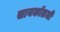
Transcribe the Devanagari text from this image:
सायकॉलजी